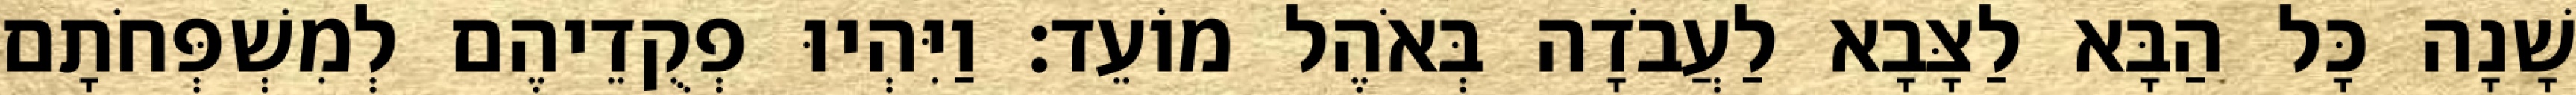
שָׁנָה כָּל הַבָּא לַצָּבָא לַעֲבֹדָה בְּאֹהֶל מוֹעֵד׃ וַיִּהְיוּ פְקֻדֵיהֶם לְמִשְׁפְּחֹתָם